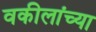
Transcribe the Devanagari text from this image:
वकीलांच्या